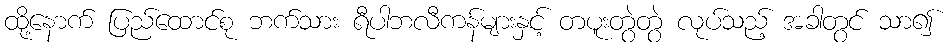
ထို့နောက် ပြည်ထောင်စု ဘက်သား ရီပါဘလီကန်များနှင့် တပူးတွဲတွဲ လုပ်သည့် အခါတွင် သာ၍